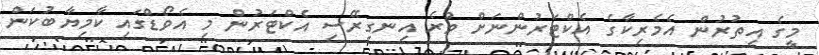
މީގެ އިތުރުން އެމެރިކާގެ އެކްޓަރުންނަށް ވުރެ އިނގިރޭސި އެކްޓަރުން މި އެވޯޑްގައި ކާމިޔާބުކަން